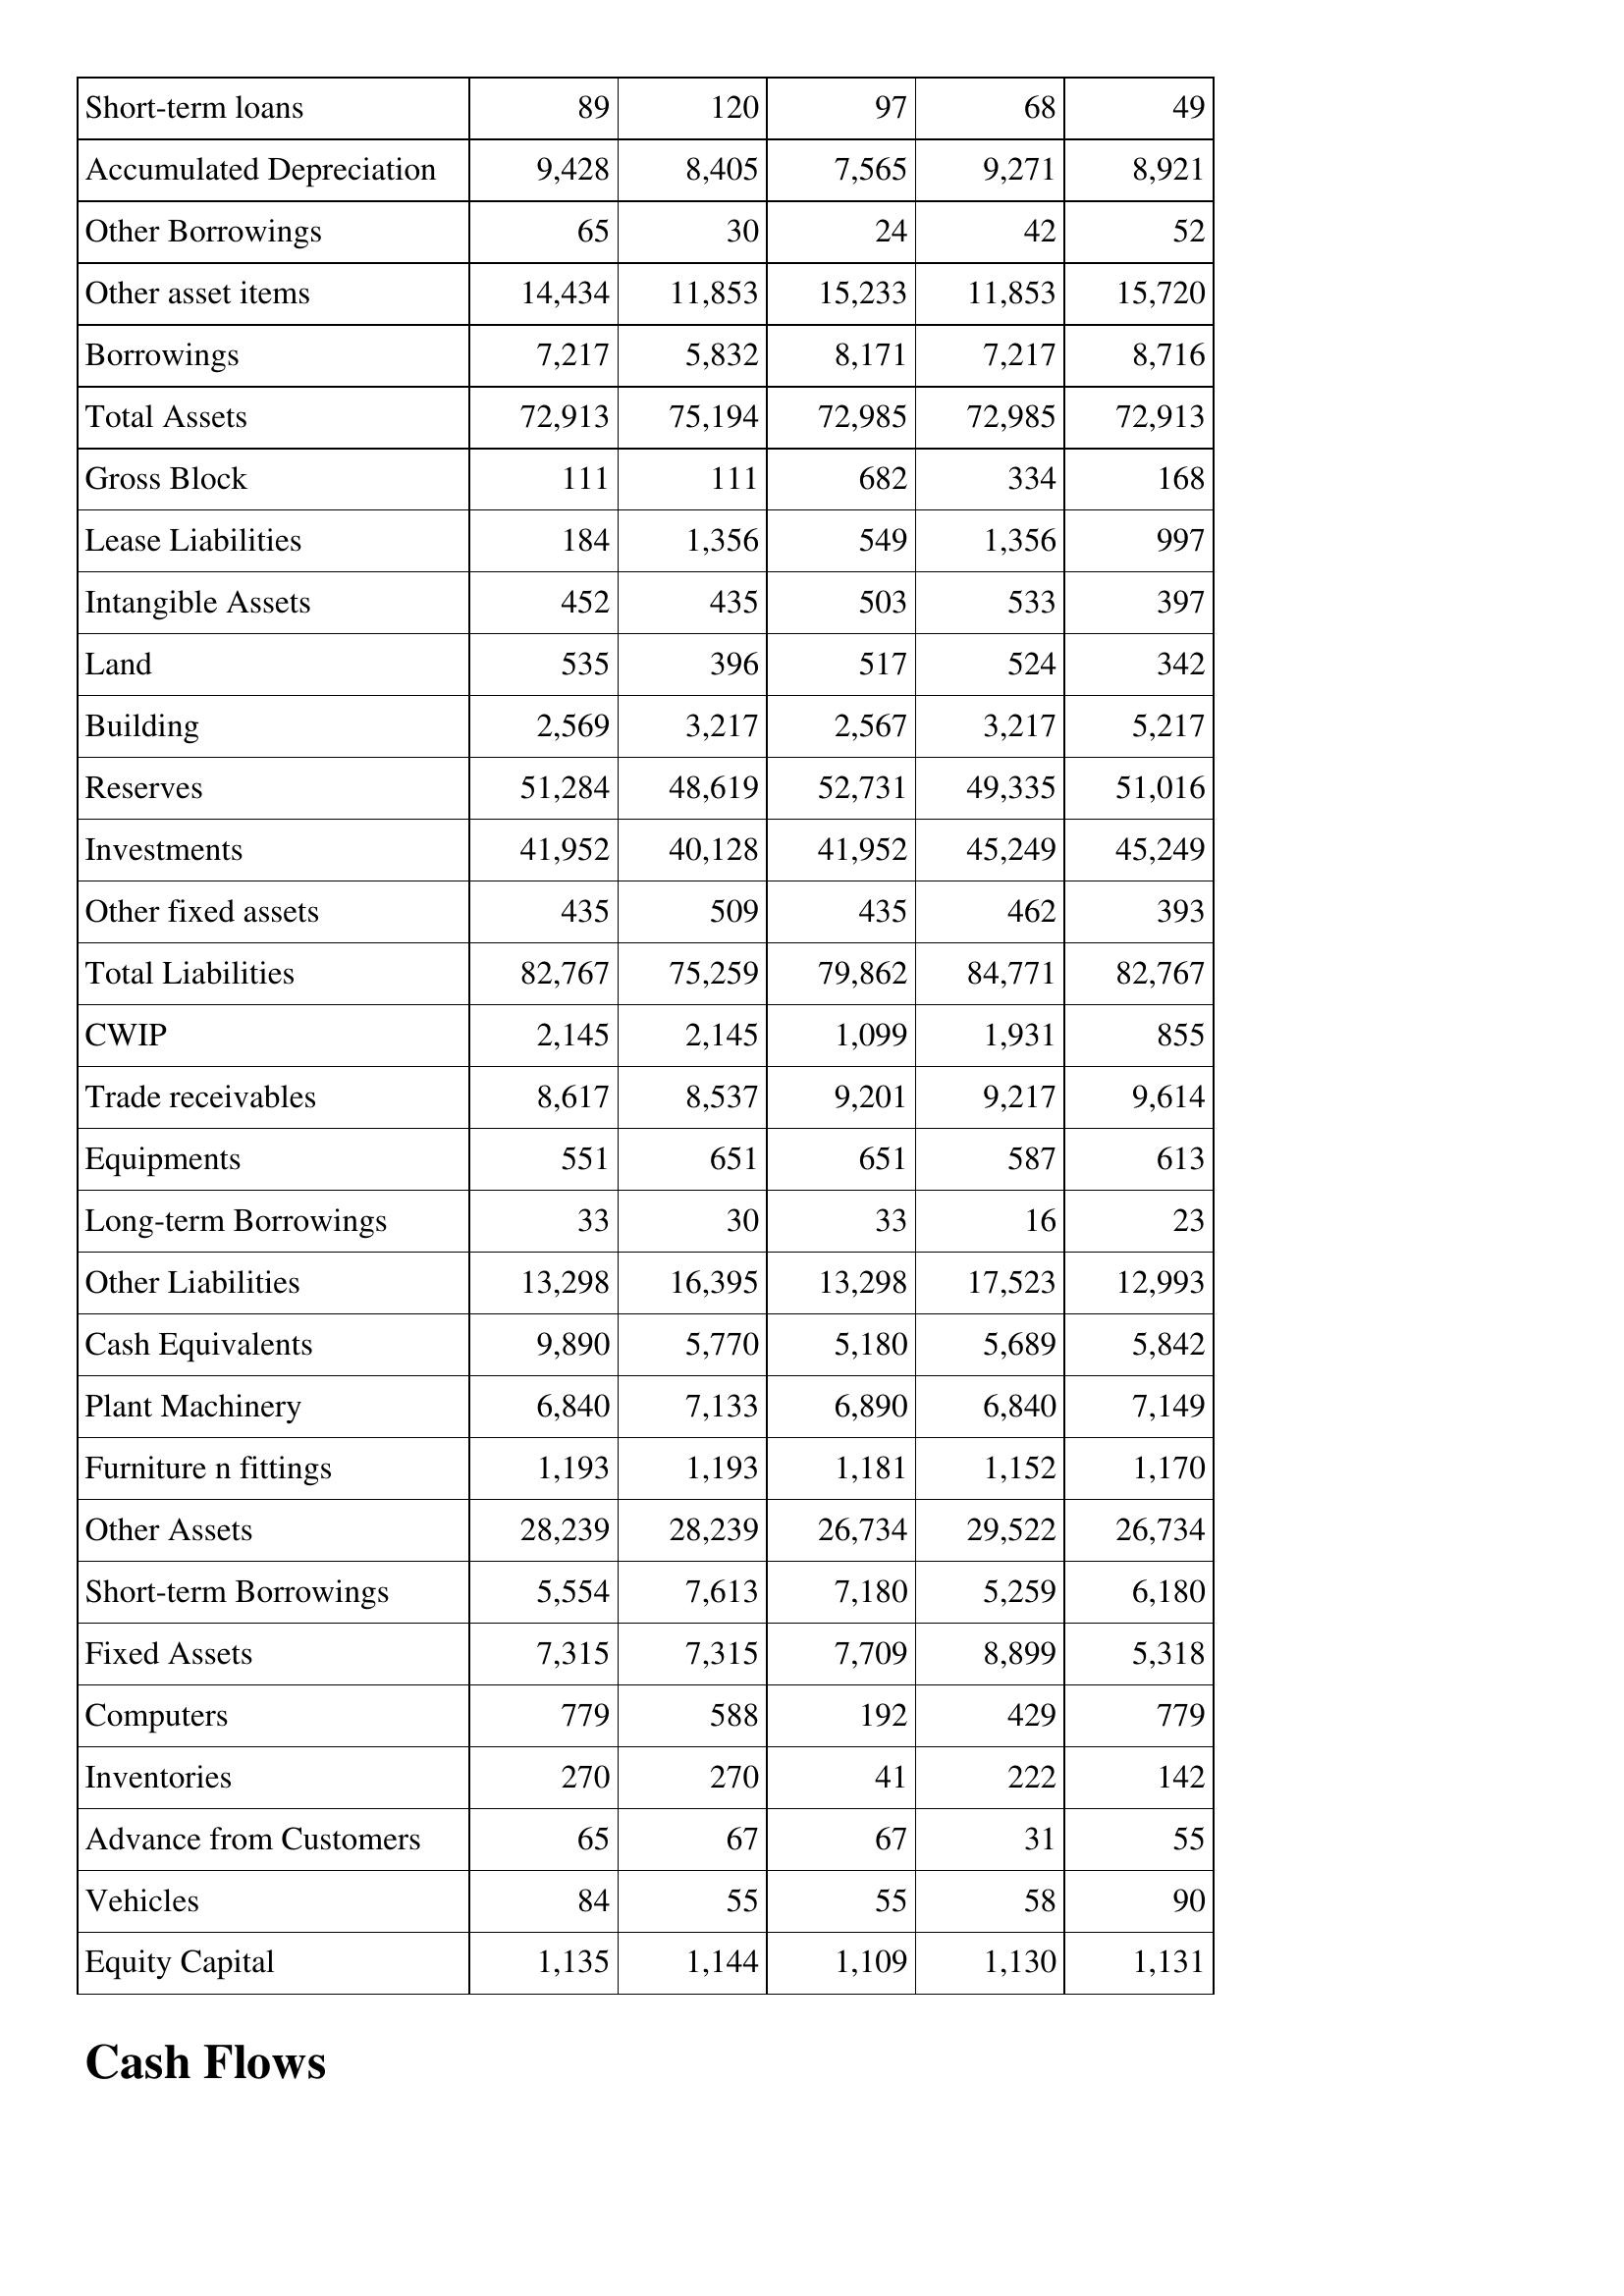
Mar-99: Balance Sheet: Short-term loans: 89
Accumulated Depreciation: 9,428
Other Borrowings: 65
Other asset items: 14,434
Borrowings: 7,217
Total Assets: 72,913
Gross Block: 111
Lease Liabilities: 184
Intangible Assets: 452
Land: 535
Building: 2,569
Reserves: 51,284
Investments: 41,952
Other fixed assets: 435
Total Liabilities: 82,767
CWIP: 2,145
Trade receivables: 8,617
Equipments: 551
Long-term Borrowings: 33
Other Liabilities: 13,298
Cash Equivalents: 9,890
Plant Machinery: 6,840
Furniture n fittings: 1,193
Other Assets: 28,239
Short-term Borrowings: 5,554
Fixed Assets: 7,315
Computers: 779
Inventories: 270
Advance from Customers: 65
Vehicles: 84
Equity Capital: 1,135
Mar-98: Balance Sheet: Short-term loans: 120
Accumulated Depreciation: 8,405
Other Borrowings: 30
Other asset items: 11,853
Borrowings: 5,832
Total Assets: 75,194
Gross Block: 111
Lease Liabilities: 1,356
Intangible Assets: 435
Land: 396
Building: 3,217
Reserves: 48,619
Investments: 40,128
Other fixed assets: 509
Total Liabilities: 75,259
CWIP: 2,145
Trade receivables: 8,537
Equipments: 651
Long-term Borrowings: 30
Other Liabilities: 16,395
Cash Equivalents: 5,770
Plant Machinery: 7,133
Furniture n fittings: 1,193
Other Assets: 28,239
Short-term Borrowings: 7,613
Fixed Assets: 7,315
Computers: 588
Inventories: 270
Advance from Customers: 67
Vehicles: 55
Equity Capital: 1,144
Mar-97: Balance Sheet: Short-term loans: 97
Accumulated Depreciation: 7,565
Other Borrowings: 24
Other asset items: 15,233
Borrowings: 8,171
Total Assets: 72,985
Gross Block: 682
Lease Liabilities: 549
Intangible Assets: 503
Land: 517
Building: 2,567
Reserves: 52,731
Investments: 41,952
Other fixed assets: 435
Total Liabilities: 79,862
CWIP: 1,099
Trade receivables: 9,201
Equipments: 651
Long-term Borrowings: 33
Other Liabilities: 13,298
Cash Equivalents: 5,180
Plant Machinery: 6,890
Furniture n fittings: 1,181
Other Assets: 26,734
Short-term Borrowings: 7,180
Fixed Assets: 7,709
Computers: 192
Inventories: 41
Advance from Customers: 67
Vehicles: 55
Equity Capital: 1,109
Mar-96: Balance Sheet: Short-term loans: 68
Accumulated Depreciation: 9,271
Other Borrowings: 42
Other asset items: 11,853
Borrowings: 7,217
Total Assets: 72,985
Gross Block: 334
Lease Liabilities: 1,356
Intangible Assets: 533
Land: 524
Building: 3,217
Reserves: 49,335
Investments: 45,249
Other fixed assets: 462
Total Liabilities: 84,771
CWIP: 1,931
Trade receivables: 9,217
Equipments: 587
Long-term Borrowings: 16
Other Liabilities: 17,523
Cash Equivalents: 5,689
Plant Machinery: 6,840
Furniture n fittings: 1,152
Other Assets: 29,522
Short-term Borrowings: 5,259
Fixed Assets: 8,899
Computers: 429
Inventories: 222
Advance from Customers: 31
Vehicles: 58
Equity Capital: 1,130
Mar-95: Balance Sheet: Short-term loans: 49
Accumulated Depreciation: 8,921
Other Borrowings: 52
Other asset items: 15,720
Borrowings: 8,716
Total Assets: 72,913
Gross Block: 168
Lease Liabilities: 997
Intangible Assets: 397
Land: 342
Building: 5,217
Reserves: 51,016
Investments: 45,249
Other fixed assets: 393
Total Liabilities: 82,767
CWIP: 855
Trade receivables: 9,614
Equipments: 613
Long-term Borrowings: 23
Other Liabilities: 12,993
Cash Equivalents: 5,842
Plant Machinery: 7,149
Furniture n fittings: 1,170
Other Assets: 26,734
Short-term Borrowings: 6,180
Fixed Assets: 5,318
Computers: 779
Inventories: 142
Advance from Customers: 55
Vehicles: 90
Equity Capital: 1,131